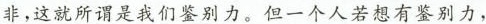
非，这就所谓是我们鉴别力。但一个人若想有鉴别力，